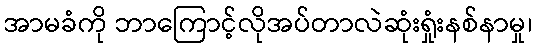
အာမခံကို ဘာကြောင့်လိုအပ်တာလဲဆုံးရှုံးနစ်နာမှု၊